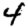
Digit: 4